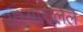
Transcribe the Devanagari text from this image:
अभ्यासलेले